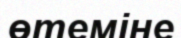
өтеміне